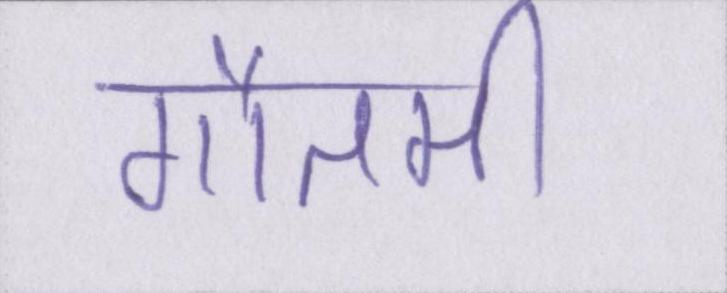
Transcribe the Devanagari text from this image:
गौतमी